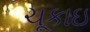
ચૂકાઇ